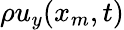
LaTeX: \rho u_{y}(x_{m},t)